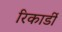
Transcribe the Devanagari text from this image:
रिकार्डी